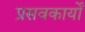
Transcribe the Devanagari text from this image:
प्रसवकार्यों